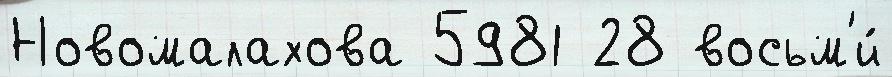
Новомалахова 5981 28 восьм'и́